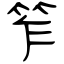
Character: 笮